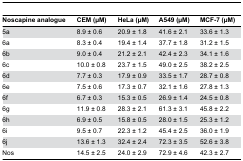
<table><thead><tr><td><b>Noscapine analogue </b></td><td><b>CEM (μM)</b></td><td><b>HeLa (μM)</b></td><td><b>A549 (μM)</b></td><td><b>MCF-7 (μM)</b></td></tr></thead><tbody><tr><td>5a</td><td>8.9 ± 0.6</td><td>20.9 ± 1.8</td><td>41.6 ± 2.1</td><td>33.6 ± 1.3</td></tr><tr><td>6a</td><td>8.3 ± 0.4</td><td>19.4 ± 1.4</td><td>37.7 ± 1.8</td><td>31.2 ± 1.5</td></tr><tr><td>6b</td><td>9.0 ± 0.4</td><td>21.2 ± 2.1</td><td>42.4 ± 2.3</td><td>34.1 ± 1.6</td></tr><tr><td>6c</td><td>10.0 ± 0.8</td><td>23.7 ± 1.5</td><td>49.0 ± 2.5</td><td>38.2 ± 2.5</td></tr><tr><td>6d</td><td>7.7 ± 0.3</td><td>17.9 ± 0.9</td><td>33.5 ± 1.7</td><td>28.7 ± 0.8</td></tr><tr><td>6e</td><td>7.5 ± 0.6</td><td>17.3 ± 0.7</td><td>32.1 ± 1.6</td><td>27.8 ± 1.3</td></tr><tr><td>6f</td><td>6.7 ± 0.3</td><td>15.3 ± 0.5</td><td>26.9 ± 1.4</td><td>24.5 ± 0.8</td></tr><tr><td>6g</td><td>11.9 ± 0.8</td><td>28.3 ± 2.1</td><td>61.3 ± 3.1</td><td>45.8 ± 2.2</td></tr><tr><td>6h</td><td>6.9 ± 0.5</td><td>15.8 ± 0.5</td><td>28.0 ± 1.5</td><td>25.3 ± 1.2</td></tr><tr><td>6i</td><td>9.5 ± 0.7</td><td>22.3 ± 1.2</td><td>45.4 ± 2.5</td><td>36.0 ± 1.9</td></tr><tr><td>6j</td><td>13.6 ± 1.3</td><td>32.4 ± 2.4</td><td>72.3 ± 3.5</td><td>52.6 ± 3.8</td></tr><tr><td>Nos</td><td>14.5 ± 2.5</td><td>24.0 ± 2.9</td><td>72.9 ± 4.6</td><td>42.3 ± 2.7</td></tr></tbody></table>